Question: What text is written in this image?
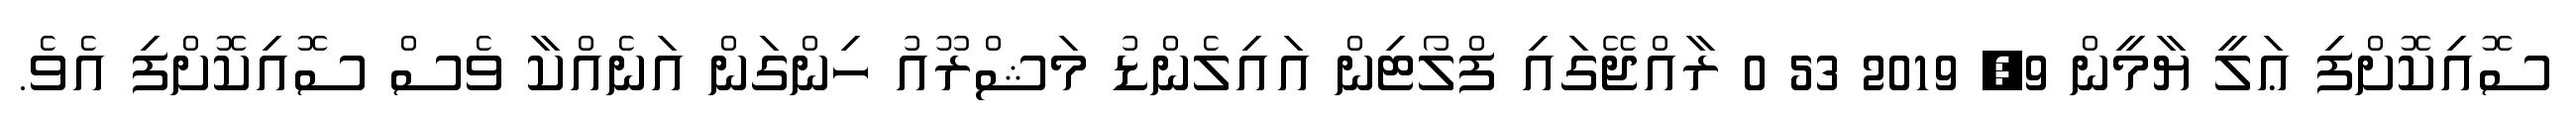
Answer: ސޮއިކޮށްފި ޢަލީ ޔާމީން 9, 2019 53 0 ރާއްޖޭގައި ފްލޯޓިން އައިލެންޑު މަޝްރޫއު ހިންގަން އަނެއްކާ ވެސް ސޮއިކޮށްފި އެވެ.